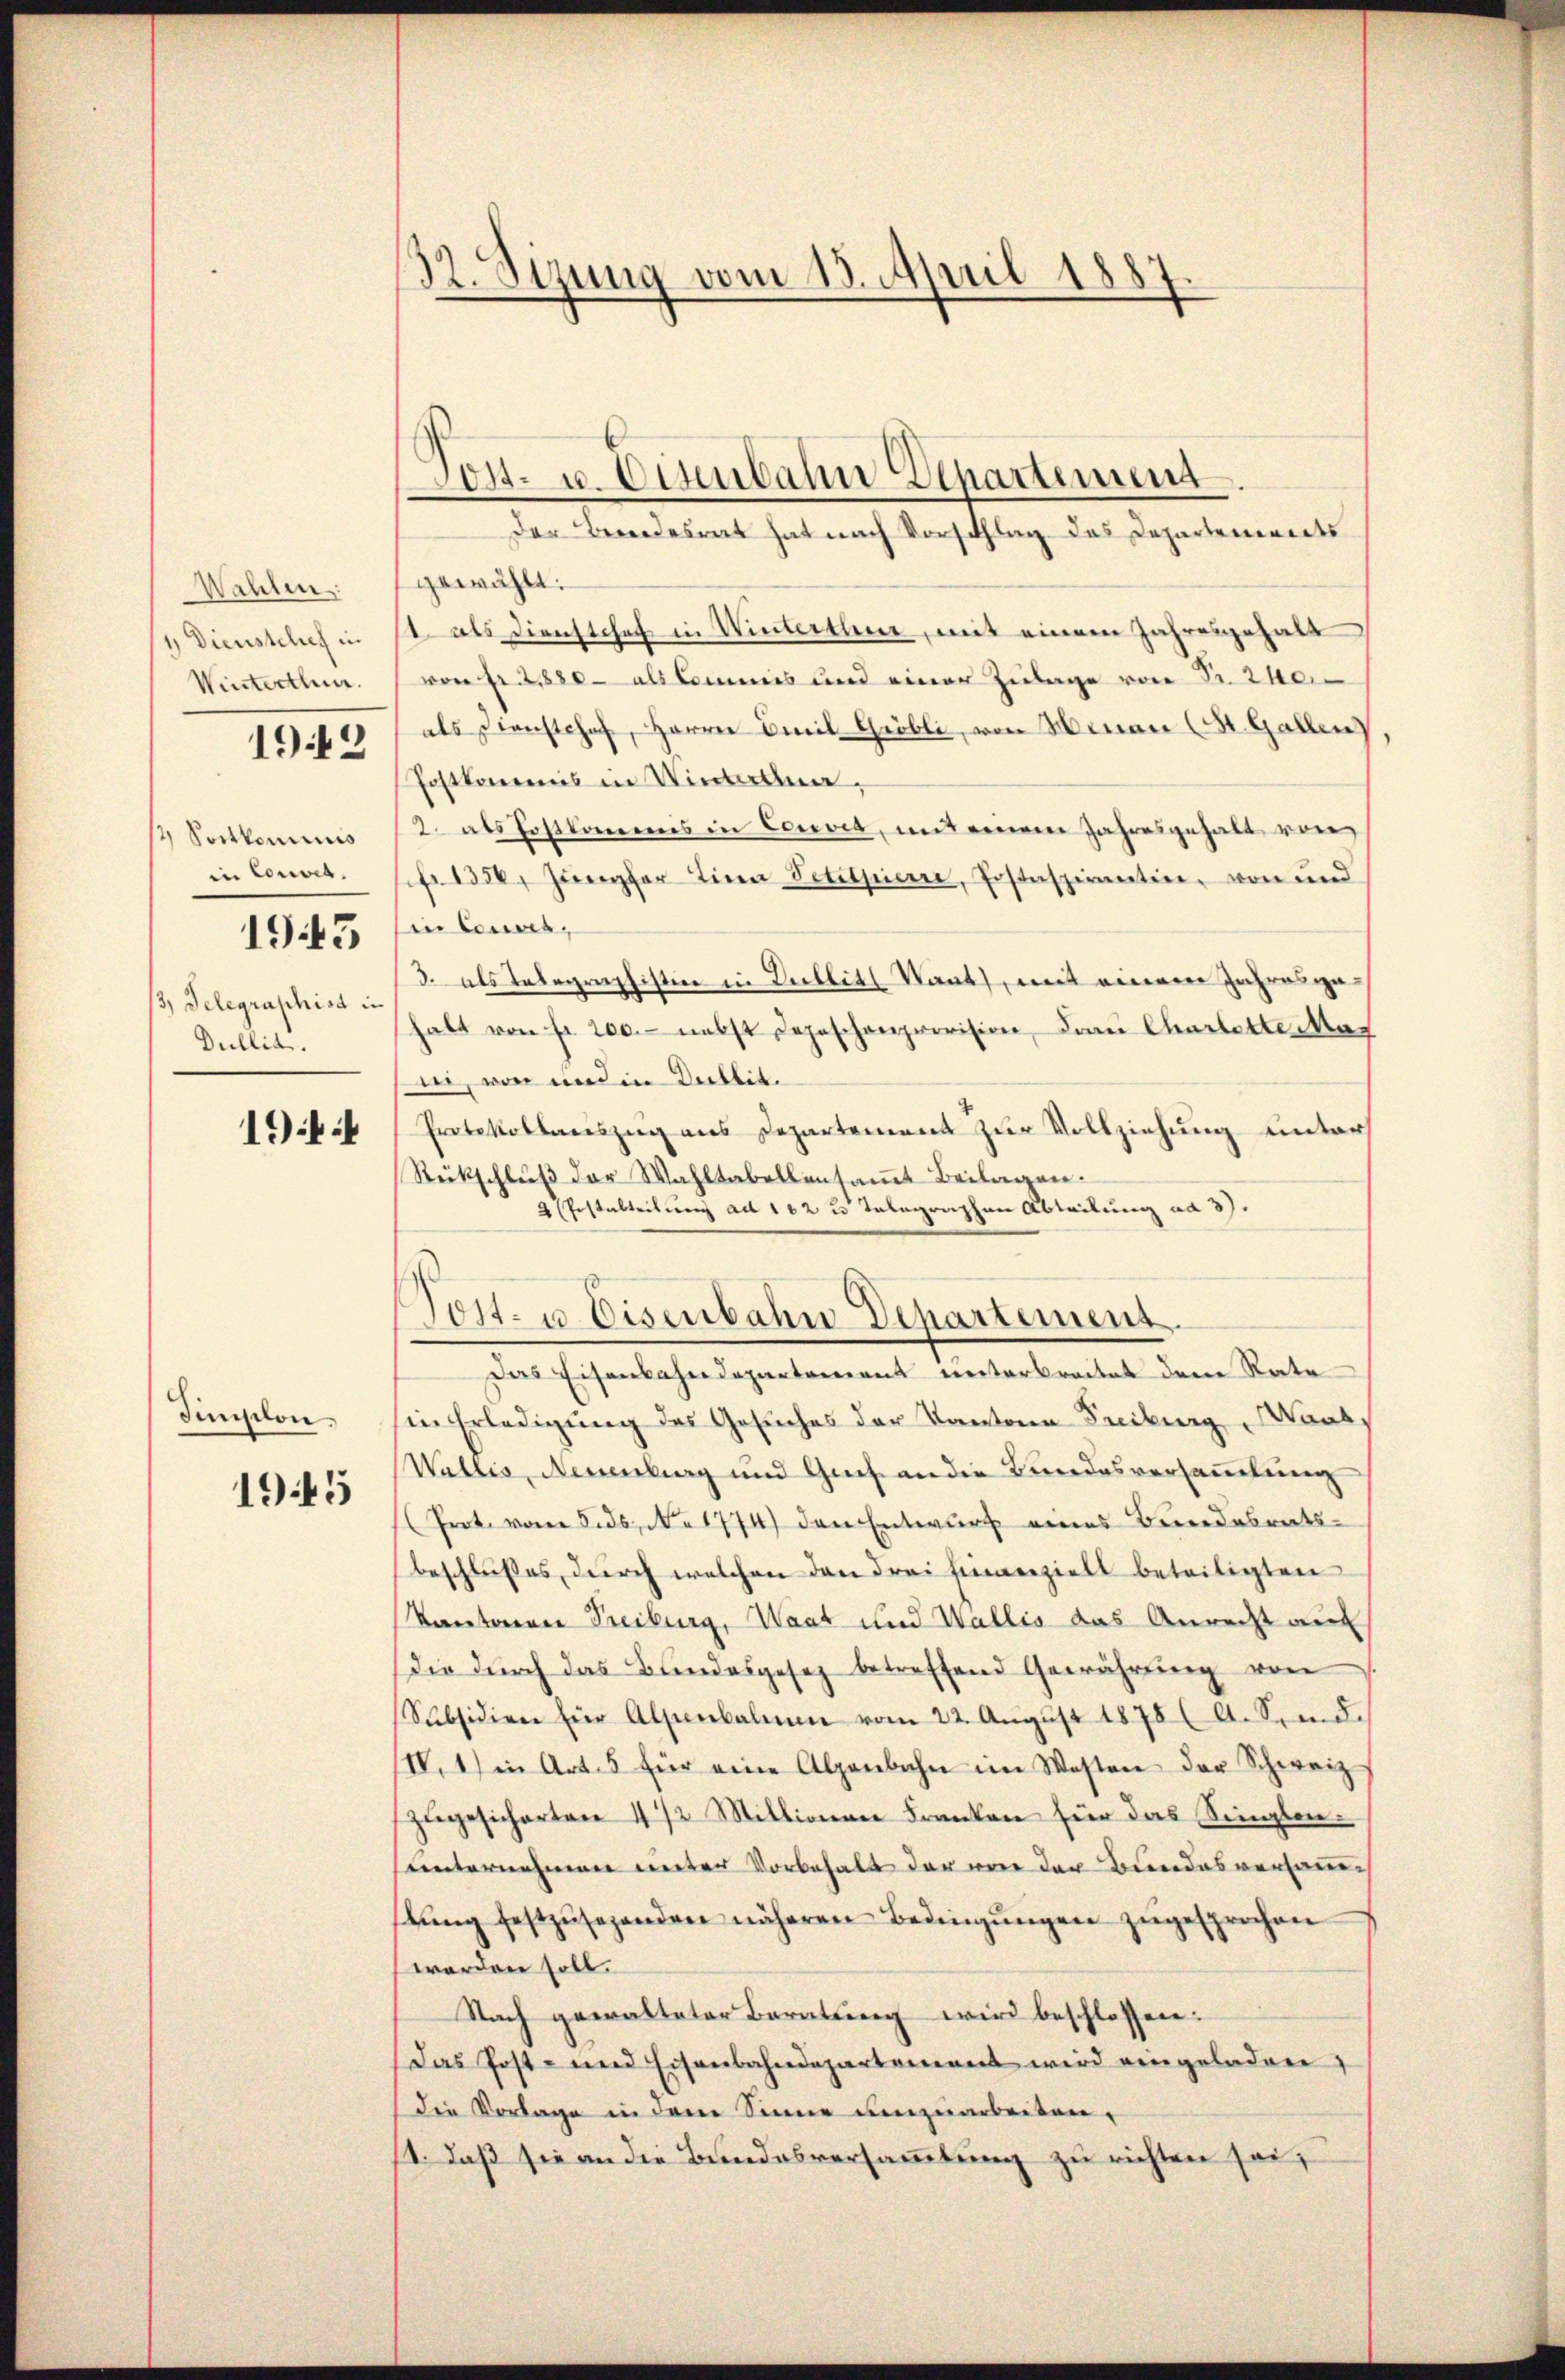
Wahlen:
1) Dienstchef in
Winterthur.
1942

2 Sortkominis
in Couvet.

1945

3) Telegraphist in
Dullit.

19

Similon

1945

32. Sizung vom 15. April 1887.

gewählt.
1 als Dienstchef in Winterthur, mit einem Jahresgehalt
von Fr. 2850- als Commis und einer Zulage von Fr. 240.
als Diensthof, Herren Emil Gröbli, von Hinau (St. Gallen
Postkommis in Winterma¬
2. als Postkomms in Convia, mit einem Jahresgehalt von
fr. 1350. Jungfer Lina Petitpierre, Postaspirantin, von und
in teuer¬
3. als Telegraphisten in Dullit Vant, mit einem Jahresgehalt von Fr. 200. nebst Depeschenprovision, Frau Charlette Mar
ni, von und in Dullit.
Protokollauszug aus Departement zur Vollziehung unter
Rückschlŭβ der Wahltabellensaṁt Beilagen.
2 Pestalteitung ad 162 u. Telegraphen Abteilung ad 3).
Das Eisenbahndepartement weiterbreitet den Rate
in Erledigung des Gesuches der Kantone Freiburg Marb
Wallis, Neuenburg und Gees an die Bundesversammlung
(Prot. vom 5. ds. No 1774) den Entwurf eines Bundesrats-
beschlußes, durch welchen den drei Einverziell beteiligten
Kantonen Treiburg, Waat und Wallis das Anrecht auf
Die dŭrch das Bundesgesez betreffend Gewährŭng von
Subsidien für Alpenbalmen vom 22. Aŭgŭst 1878 (A. Sind.
IIV. 1) in Art. 5 für eine Alpenbahn im Westen der Schweiz
zŭgesicherten 1/2 Mittionen Franken für das Singlen-
unternehmen unter Vorbehalt der von der Bundesversauc
tŭng festzŭsehenden näheren Bedingŭngen zŭgesprochen
worden soll.
Nach gewalteter Beratŭng wird beschlossen:
Das Post- und Eisenbahndepartement wird eingeladen,
Die Vorlage in dem Sinne umzuarbeiten,
1. daß sie an die Bundesversammlung zu richten sei;

Post- u. Eisenbahn Departement
der Beendesrat hat nach Vorschlag des Departenwerts

Post- u. Eisenbahn Departement.